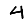
Digit: 4